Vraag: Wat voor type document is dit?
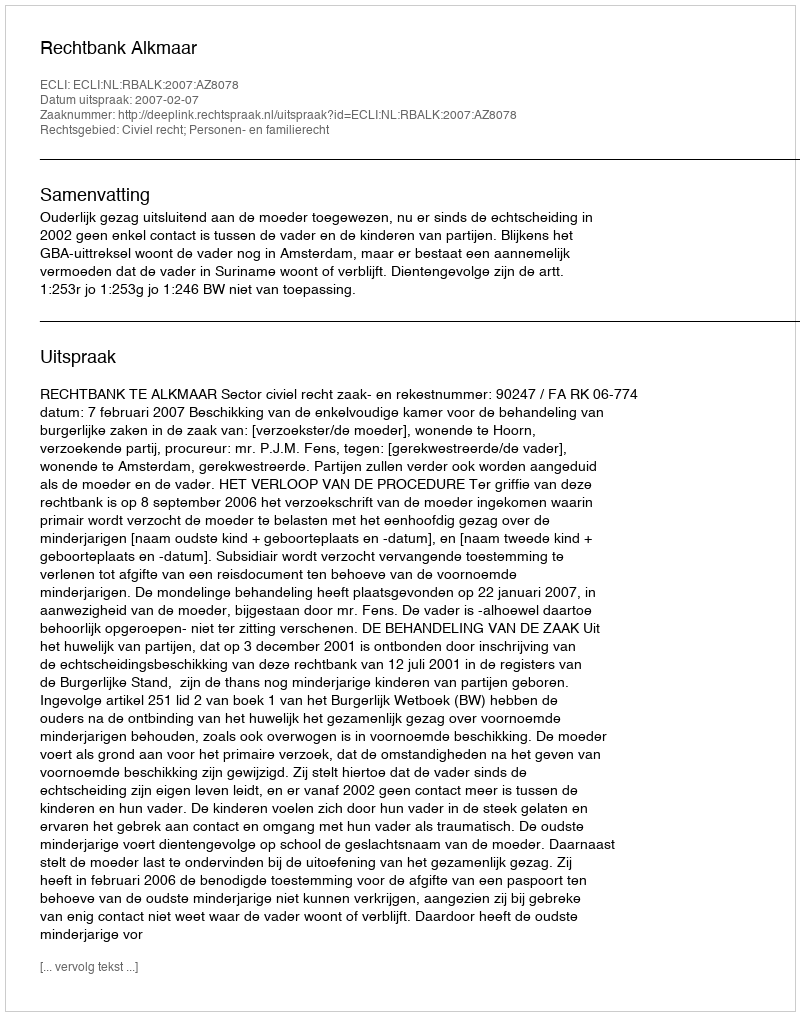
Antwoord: Uitspraak